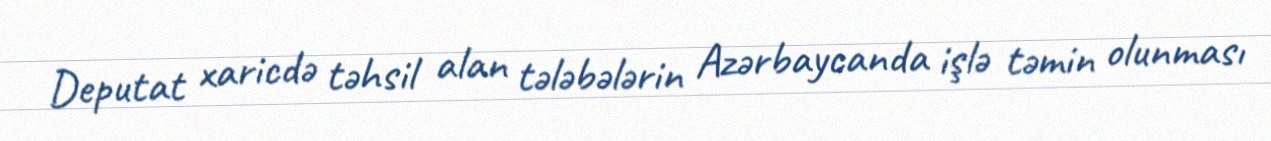
Deputat xaricdə təhsil alan tələbələrin Azərbaycanda işlə təmin olunması